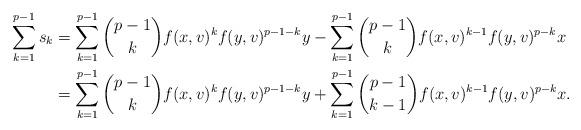
LaTeX: \begin{align*} \sum_{k=1}^{p-1}s_k &=\sum_{k=1}^{p-1}\binom{p-1}{k}f(x,v)^kf(y,v)^{p-1-k}y -\sum_{k=1}^{p-1} \binom{p-1}{k}f(x,v)^{k-1}f(y,v)^{p-k}x\\ &=\sum_{k=1}^{p-1}\binom{p-1}{k}f(x,v)^kf(y,v)^{p-1-k}y +\sum_{k=1}^{p-1} \binom{p-1}{k-1}f(x,v)^{k-1}f(y,v)^{p-k}x.\end{align*}